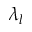
\lambda _ { l }